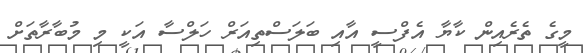
މީގެ ތެރެއިން ކާޔާ އެފްސީ އާއި ބަލަސްތިއަރް ހަލްސާ އަކީ މި މުބާރާތަށް